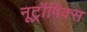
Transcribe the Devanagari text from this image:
नूट्रॉपिक्स